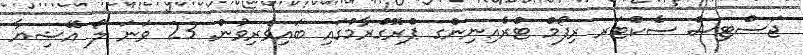
ޖަސްޓިސް ސެކްޓަރ ރިފޯމް ޓްރެއިނިންގ ޕްރޮގްރާމްގައި ބައިވެރިވުން. 23 ވަނަ ލޯ އޭޝިޔާ